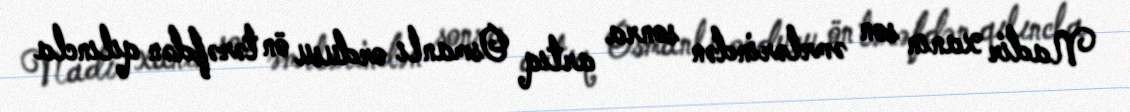
Nadir xanın son əmrlərindən sonra artıq Osmanlı ordusu ön tərəfdən qılıncla